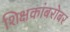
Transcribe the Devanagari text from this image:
शिक्षकांबरोबर